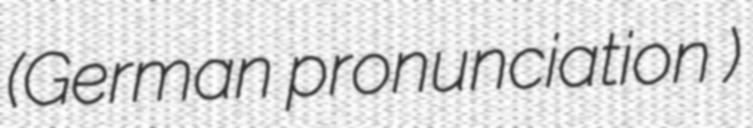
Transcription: (German pronunciation )